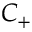
C _ { + }